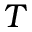
T